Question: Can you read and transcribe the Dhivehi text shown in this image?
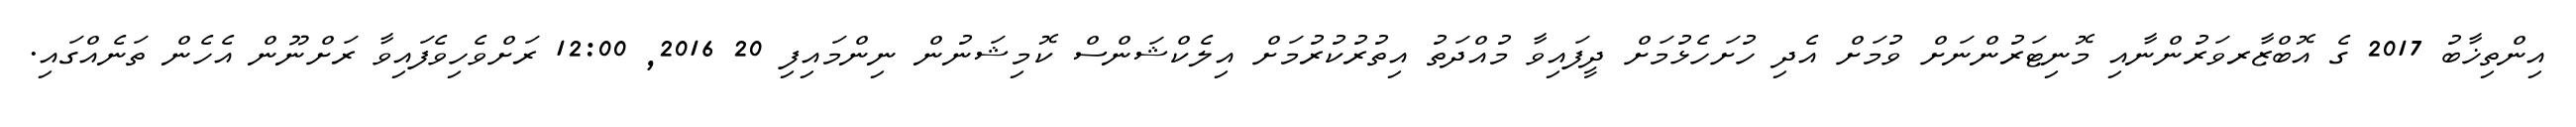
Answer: އިންތިޚާބު 2017 ގެ އޮބްޒާރވަރުންނާއި މޮނިޓަރުންނަށް ވުމަށް އެދި ހުށަހެޅުމަށް ދީފައިވާ މުއްދަތު އިތުރުކުރުމަށް އިލެކްޝަންސް ކޮމިޝަނުން ނިންމައިފި 20 2016, 12:00 ރަށްވެހިވެފައިވާ ރަށްނޫން އެހެން ތަނެއްގައި.